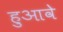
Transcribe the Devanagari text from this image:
हुआवे